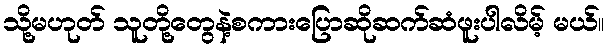
သို့မဟုတ် သူတို့တွေနဲ့စကားပြောဆိုဆက်ဆံဖူးပါလိမ့် မယ်။